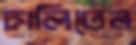
ঢালিতেন